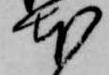
本